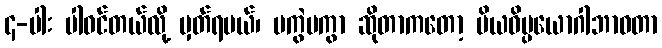
၄-ပါး ပါဝင်တယ်လို့ မှတ်ရမယ်၊ မကွဲမကွာ ဆိုတာကတော့ ပိယဝိပ္ပယောဂါဘာဝတာ